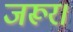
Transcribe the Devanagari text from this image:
जरूर।